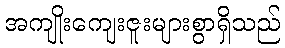
အကျိုးကျေးဇူးများစွာရှိသည်